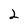
Character: 2